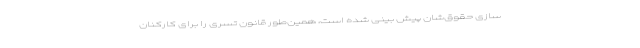
سازی حقوق‌شان پیش بینی شده است، همین‌طور قانون تسری را برای کارکنان